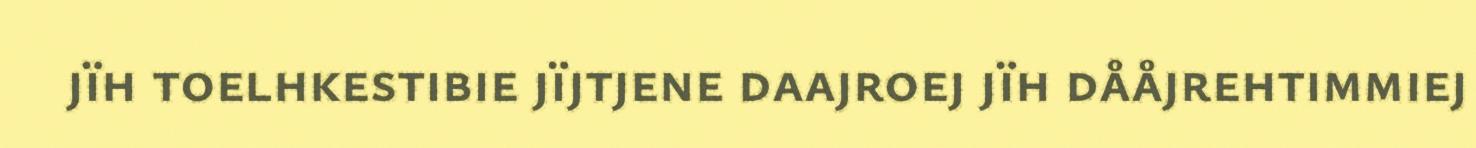
jïh toelhkestibie jïjtjene daajroej jïh dååjrehtimmiej